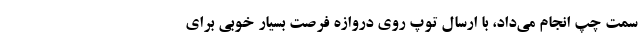
سمت چپ انجام می‌داد، با ارسال توپ روی دروازه فرصت بسیار خوبی برای